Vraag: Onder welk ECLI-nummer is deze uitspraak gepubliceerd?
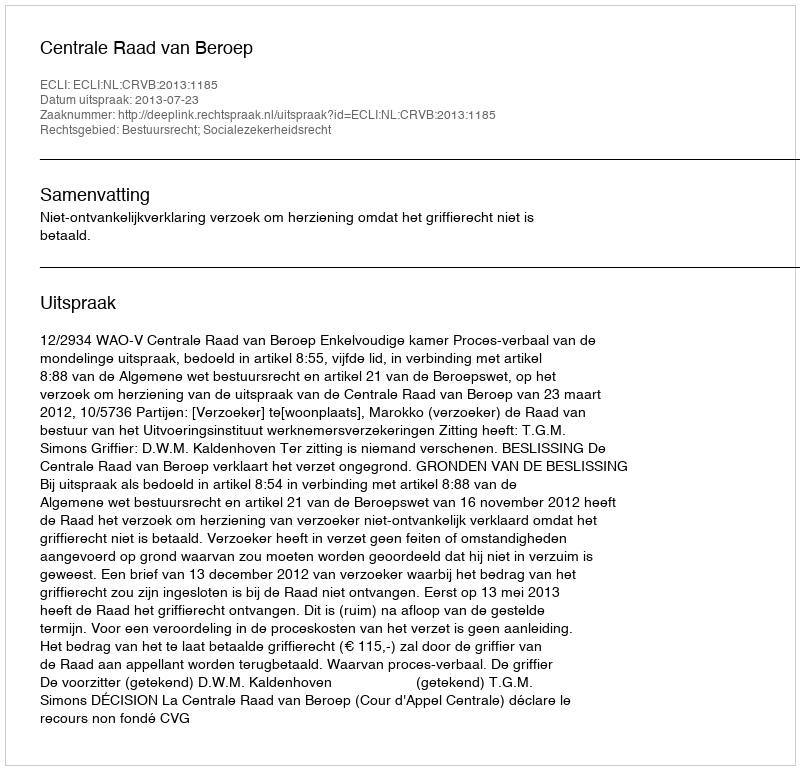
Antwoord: ECLI:NL:CRVB:2013:1185